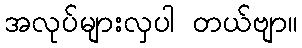
အလုပ်များလှပါ တယ်ဗျာ။